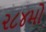
૨૮૪મો